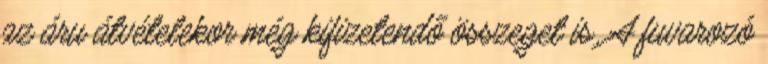
az áru átvételekor még kifizetendő összeget is. A fuvarozó